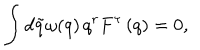
\int d \tilde { q } \omega ( q ) \, q ^ { r } F ^ { \tau } \left( q \right) = 0 ,